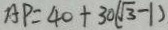
A P = 4 0 + 3 0 ( \sqrt { 3 } - 1 )